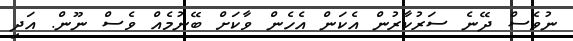
ނުވެސް ދޭނެ ސަރުކާރުން އެކަން އެހެން ވާކަށް ބޭނުމެއް ވެސް ނޫން. އަދި